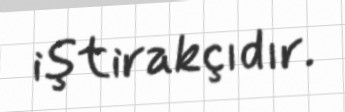
iştirakçıdır.